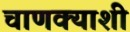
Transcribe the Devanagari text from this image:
चाणक्याशी